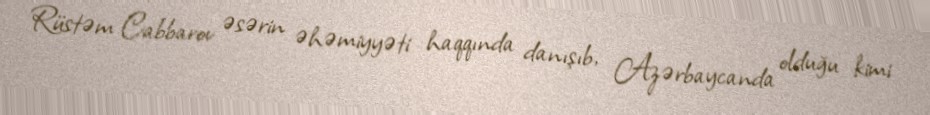
Rüstəm Cabbarov əsərin əhəmiyyəti haqqında danışıb, Azərbaycanda olduğu kimi